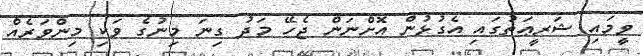
ވީމައި ޝަރީޢަތުގައި އެގުޅުން އޮށްނަން ޖެހޭ މަދު ގިނަ މިނުގެ ވަކި މިންވަރެއް